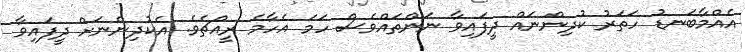
އެއްމާބަނޑު ހަތަރު ކުދިންނައް ދީފައިވާ ނަންތައްވެސް ހަމަ އެހާމެ ރީއްޗެވެ. އެކުދިންނަށް ދީފައިވާ